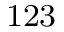
^ \mathrm { 1 2 3 }